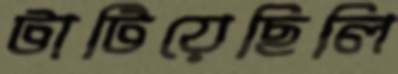
টাটিয়েছিলি